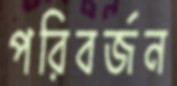
পরিবর্জন